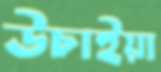
উচাইয়া